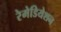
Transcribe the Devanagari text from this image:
रेमेडियेशन